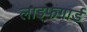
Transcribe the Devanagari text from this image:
लाइफगार्ड